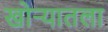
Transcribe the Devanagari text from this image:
खोर्‍यातला